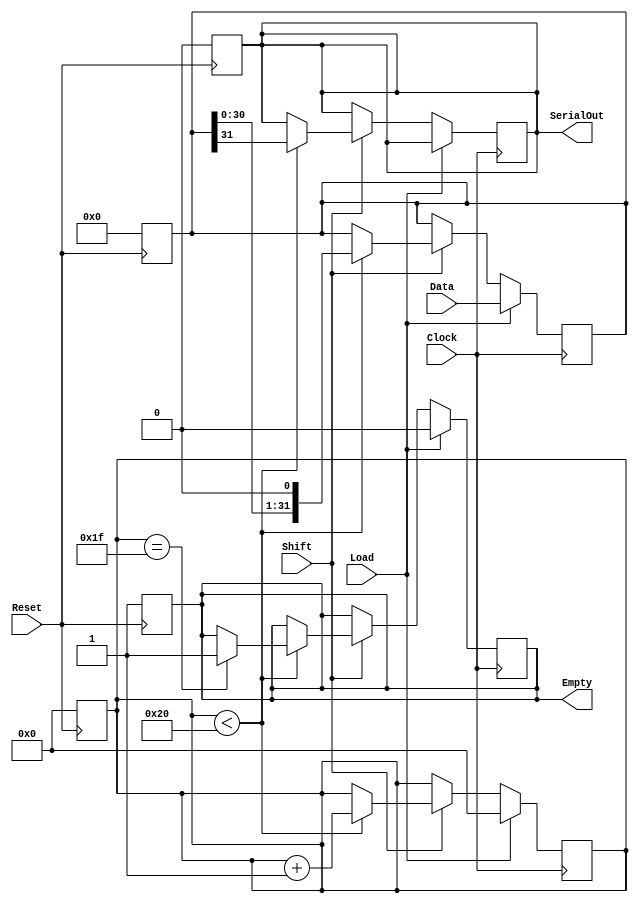
module PISO_Register (
    input wire [31:0] Data,       // 32-bit parallel input data bus
    input wire Load,              // Control signal to load data
    input wire Shift,             // Control signal to enable shifting operation
    input wire Clock,             // Clock signal
    input wire Reset,             // Asynchronous reset signal
    output reg SerialOut,         // Serial output
    output reg Empty              // Indicates when all data has been shifted out
);

    reg [31:0] shift_reg;         // 32-bit shift register
    reg [5:0] counter;            // Bit counter for shifted bits

    // Asynchronous reset
    always @(posedge Reset) begin
        shift_reg <= 32'b0;       // Clear the shift register
        counter <= 6'b0;          // Clear the counter
        SerialOut <= 1'b0;        // Clear the serial output
        Empty <= 1'b1;            // Register is empty on reset
    end

    // Sequential logic for loading and shifting
    always @(posedge Clock) begin
        if (Load) begin
            shift_reg <= Data;     // Load data into the shift register
            counter <= 6'b0;       // Reset the counter
            Empty <= 1'b0;         // Register is no longer empty
        end else if (Shift) begin
            if (counter < 32) begin
                SerialOut <= shift_reg[31]; // Output the MSB
                shift_reg <= {shift_reg[30:0], 1'b0}; // Shift left, filling LSB with 0
                counter <= counter + 1; // Increment counter
                if (counter == 31) begin
                    Empty <= 1'b1; // Set Empty when all bits are shifted out
                end
            end
        end
    end

endmodule